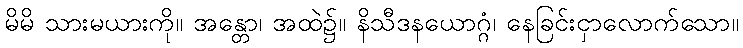
မိမိ သားမယားကို။ အန္တော၊ အထဲ၌။ နိသီဒနယောဂ္ဂံ၊ နေခြင်းငှာလောက်သော။